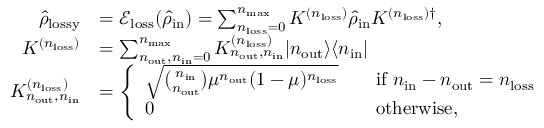
\begin{array} { r l } { \hat { \rho } _ { \mathrm { l o s s y } } } & { = \mathscr { E } _ { \mathrm { l o s s } } ( \hat { \rho } _ { \mathrm { i n } } ) = \sum _ { n _ { \mathrm { l o s s } } = 0 } ^ { n _ { \mathrm { m a x } } } K ^ { ( n _ { \mathrm { l o s s } } ) } \hat { \rho } _ { \mathrm { i n } } K ^ { ( n _ { \mathrm { l o s s } } ) \dag } , } \\ { K ^ { ( n _ { \mathrm { l o s s } } ) } } & { = \sum _ { n _ { \mathrm { o u t } } , n _ { \mathrm { i n } } = 0 } ^ { n _ { \mathrm { m a x } } } K _ { n _ { \mathrm { o u t } } , n _ { \mathrm { i n } } } ^ { ( n _ { \mathrm { l o s s } } ) } \vert n _ { \mathrm { o u t } } \rangle \langle n _ { \mathrm { i n } } \vert } \\ { K _ { n _ { \mathrm { o u t } } , n _ { \mathrm { i n } } } ^ { ( n _ { \mathrm { l o s s } } ) } } & { = \left\{ \begin{array} { l l } { \sqrt { \binom { n _ { \mathrm { i n } } } { n _ { \mathrm { o u t } } } \mu ^ { n _ { \mathrm { o u t } } } ( 1 - \mu ) ^ { n _ { \mathrm { l o s s } } } } } & { \quad \mathrm { i f ~ } n _ { \mathrm { i n } } - n _ { \mathrm { o u t } } = n _ { \mathrm { l o s s } } } \\ { 0 } & { \quad \mathrm { o t h e r w i s e } , } \end{array} \right. } \end{array}